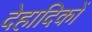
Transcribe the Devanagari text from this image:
देहादिकों